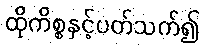
ထိုကိစ္စနှင့်ပတ်သက်၍